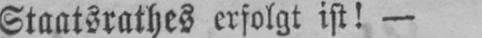
Staatsrathes erfolgt ist! -